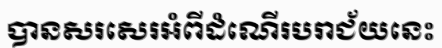
បានសរសេរអំពីដំណើរបរាជ័យនេះ